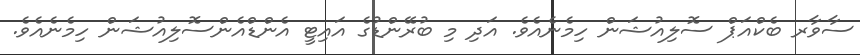
ސާވާރ ބެކްއަޕް ސޮލިއުޝަން ހިމެނެއެވެ. އަދި މި ބުރޭންޑުގެ އައިޓީ އެންޑްއެންސޮލިއުޝަން ހިމެނެއެވެ.